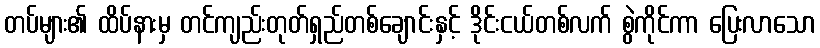
တပ်များ၏ ထိပ်နားမှ တင်ကျည်းတုတ်ရှည်တစ်ချောင်းနှင့် ဒိုင်းငယ်တစ်လက် စွဲကိုင်ကာ ပြေးလာသော